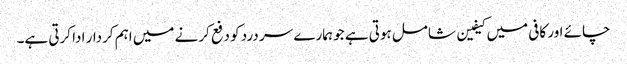
چائے اور کافی میں کیفین شامل ہوتی ہے جو ہمارے سر درد کو دفع کرنے میں اہم کردار ادا کرتی ہے۔